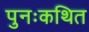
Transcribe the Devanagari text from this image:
पुनःकथित